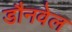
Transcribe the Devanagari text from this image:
डौनवेल